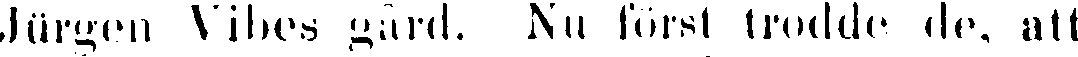
Jürgen Vibes gård. Nu först trodde de, att